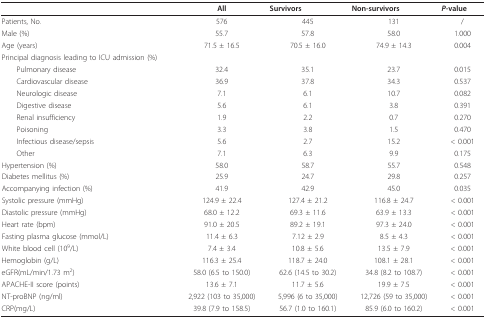
<table><thead><tr><td></td><td><b>All</b></td><td><b>Survivors</b></td><td><b>Non-survivors</b></td><td><b><i>P</i>-value</b></td></tr></thead><tbody><tr><td>Patients, No.</td><td>576</td><td>445</td><td>131</td><td>/</td></tr><tr><td>Male (%)</td><td>55.7</td><td>57.8</td><td>58.0</td><td>1.000</td></tr><tr><td>Age (years)</td><td>71.5 ± 16.5</td><td>70.5 ± 16.0</td><td>74.9 ± 14.3</td><td>0.004</td></tr><tr><td>Principal diagnosis leading to ICU admission (%)</td><td></td><td></td><td></td><td></td></tr><tr><td> Pulmonary disease</td><td>32.4</td><td>35.1</td><td>23.7</td><td>0.015</td></tr><tr><td> Cardiovascular disease</td><td>36.9</td><td>37.8</td><td>34.3</td><td>0.537</td></tr><tr><td> Neurologic disease</td><td>7.1</td><td>6.1</td><td>10.7</td><td>0.082</td></tr><tr><td> Digestive disease</td><td>5.6</td><td>6.1</td><td>3.8</td><td>0.391</td></tr><tr><td> Renal insufficiency</td><td>1.9</td><td>2.2</td><td>0.7</td><td>0.270</td></tr><tr><td> Poisoning</td><td>3.3</td><td>3.8</td><td>1.5</td><td>0.470</td></tr><tr><td> Infectious disease/sepsis</td><td>5.6</td><td>2.7</td><td>15.2</td><td>&lt; 0.001</td></tr><tr><td> Other</td><td>7.1</td><td>6.3</td><td>9.9</td><td>0.175</td></tr><tr><td>Hypertension (%)</td><td>58.0</td><td>58.7</td><td>55.7</td><td>0.548</td></tr><tr><td>Diabetes mellitus (%)</td><td>25.9</td><td>24.7</td><td>29.8</td><td>0.257</td></tr><tr><td>Accompanying infection (%)</td><td>41.9</td><td>42.9</td><td>45.0</td><td>0.035</td></tr><tr><td>Systolic pressure (mmHg)</td><td>124.9 ± 22.4</td><td>127.4 ± 21.2</td><td>116.8 ± 24.7</td><td>&lt; 0.001</td></tr><tr><td>Diastolic pressure (mmHg)</td><td>68.0 ± 12.2</td><td>69.3 ± 11.6</td><td>63.9 ± 13.3</td><td>&lt; 0.001</td></tr><tr><td>Heart rate (bpm)</td><td>91.0 ± 20.5</td><td>89.2 ± 19.1</td><td>97.3 ± 24.0</td><td>&lt; 0.001</td></tr><tr><td>Fasting plasma glucose (mmol/L)</td><td>11.4 ± 6.3</td><td>7.12 ± 2.9</td><td>8.5 ± 4.3</td><td>&lt; 0.001</td></tr><tr><td>White blood cell (10<sup>9</sup>/L)</td><td>7.4 ± 3.4</td><td>10.8 ± 5.6</td><td>13.5 ± 7.9</td><td>&lt; 0.001</td></tr><tr><td>Hemoglobin (g/L)</td><td>116.3 ± 25.4</td><td>118.7 ± 24.0</td><td>108.1 ± 28.1</td><td>&lt; 0.001</td></tr><tr><td>eGFR(mL/min/1.73 m<sup>2</sup>)</td><td>58.0 (6.5 to 150.0)</td><td>62.6 (14.5 to 30.2)</td><td>34.8 (8.2 to 108.7)</td><td>&lt; 0.001</td></tr><tr><td>APACHE-II score (points)</td><td>13.6 ± 7.1</td><td>11.7 ± 5.6</td><td>19.9 ± 7.5</td><td>&lt; 0.001</td></tr><tr><td>NT-proBNP (ng/ml)</td><td>2,922 (103 to 35,000)</td><td>5,996 (6 to 35,000)</td><td>12,726 (59 to 35,000)</td><td>&lt; 0.001</td></tr><tr><td>CRP(mg/L)</td><td>39.8 (7.9 to 158.5)</td><td>56.7 (1.0 to 160.1)</td><td>85.9 (6.0 to 160.2)</td><td>&lt; 0.001</td></tr></tbody></table>